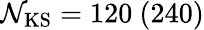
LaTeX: \mathcal{N}_{\mathrm{{KS}}}=120\ (240)